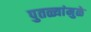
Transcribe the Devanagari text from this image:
पुतळ्यांमुळे